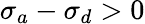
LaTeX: \sigma_{a}-\sigma_{d}>0